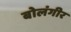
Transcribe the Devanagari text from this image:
बोलंगीर